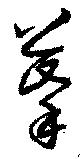
摹